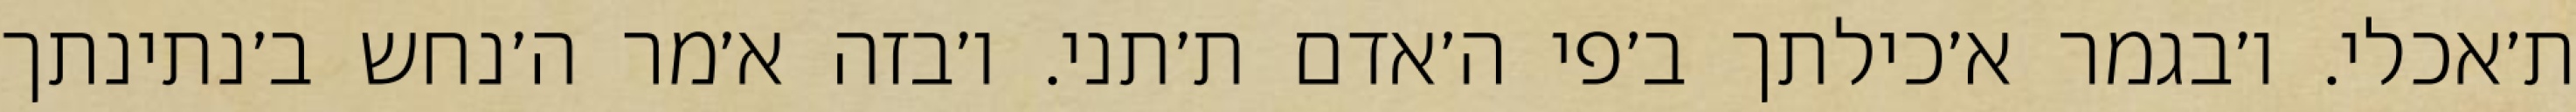
ת׳אכלי. ו׳בגמר א׳כילתך ב׳פי ה׳אדם ת׳תני. ו׳בזה א׳מר ה׳נחש ב׳נתינתך